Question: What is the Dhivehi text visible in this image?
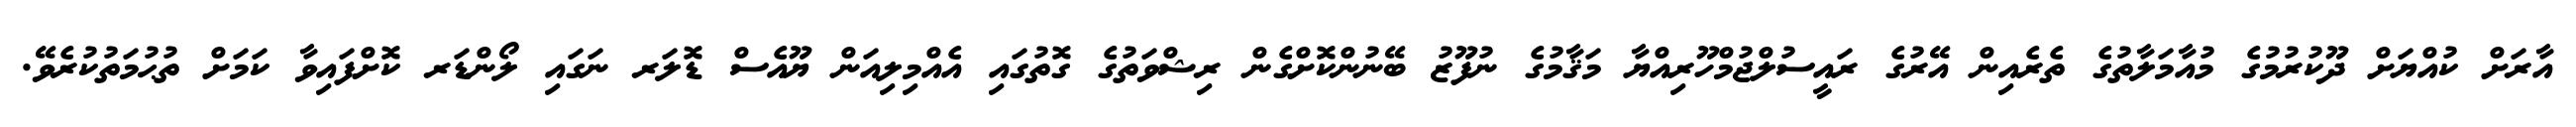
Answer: އާރަށް ކުއްޔަށް ދޫކުރުމުގެ މުއާމަލާތުގެ ތެރެއިން އޭރުގެ ރައީސުލްޖުމްހޫރިއްޔާ މަޤާމުގެ ނުފޫޒު ބޭނުންކޮށްގެން ރިޝްވަތުގެ ގޮތުގައި އެއްމިލިއަން ޔޫއެސް ޑޮލަރ ނަގައި ލޯންޑަރ ކޮށްފައިވާ ކަމަށް ތުޙުމަތުކުރެވޭ.